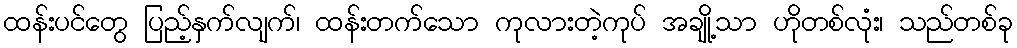
ထန်းပင်တွေ ပြည့်နှက်လျက်၊ ထန်းတက်သော ကုလားတဲ့ကုပ် အချို့သာ ဟိုတစ်လုံး၊ သည်တစ်ခု